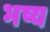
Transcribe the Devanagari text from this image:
भष्य